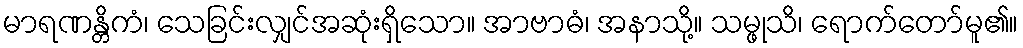
မာရဏန္တိကံ၊ သေခြင်းလျှင်အဆုံးရှိသော။ အာဗာဓံ၊ အနာသို့။ သမ္ဖုသိ၊ ရောက်တော်မူ၏။